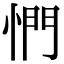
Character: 㥃